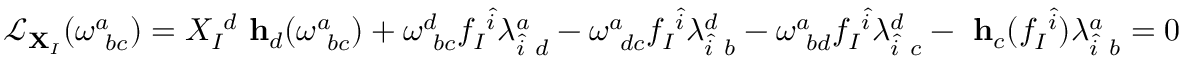
\begin{array} { r } { \mathcal { L } _ { { \bf X } _ { I } } ( \omega _ { ~ b c } ^ { a } ) = { X } _ { I } ^ { ~ d } \mathrm { { \bf ~ h } } _ { d } ( \omega _ { ~ b c } ^ { a } ) + \omega _ { ~ b c } ^ { d } f _ { I } ^ { ~ \hat { i } } \lambda _ { \hat { i } ~ d } ^ { a } - \omega _ { ~ d c } ^ { a } f _ { I } ^ { ~ \hat { i } } \lambda _ { \hat { i } ~ b } ^ { d } - \omega _ { ~ b d } ^ { a } f _ { I } ^ { ~ \hat { i } } \lambda _ { \hat { i } ~ c } ^ { d } - \mathrm { { \bf ~ h } } _ { c } ( f _ { I } ^ { ~ \hat { i } } ) \lambda _ { \hat { i } ~ b } ^ { a } = 0 } \end{array}